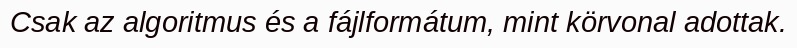
Csak az algoritmus és a fájlformátum, mint körvonal adottak.